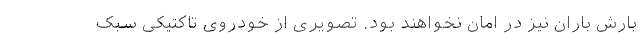
بارش باران نیز در امان نخواهند بود. تصویری از خودروی تاکتیکی سبک